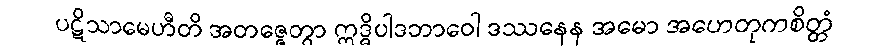
ပဋိသာမေဟီတိ အတဇ္ဇေတွာ ဣဒ္ဓိပါဒဘာဝေါ ဒဿနေန အမော အဟေတုကစိတ္တံ